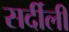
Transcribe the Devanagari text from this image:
सर्दीली